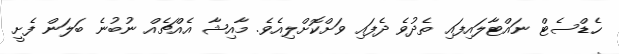
ހެޑްސެޓް ނައްޓާލައިފައި ތެދުވެ ދެފައި ވަށްކޮށްލިއެވެ. މާއިޝާ އެއްޗެއް ނުބުނެ ބަލަން ފެށީ